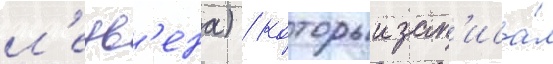
л'еув'ена) / которыи зап'иса́л